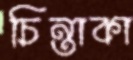
চিন্তাকা